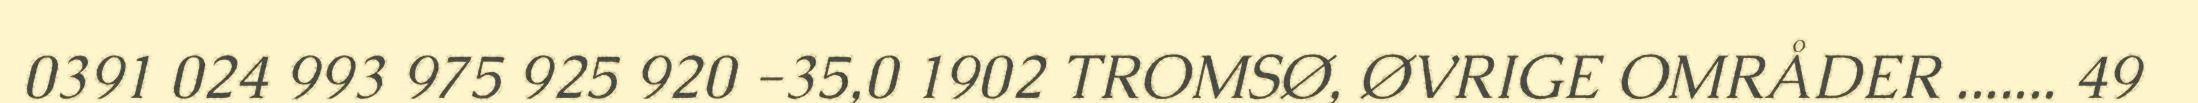
0391 024 993 975 925 920 -35,0 1902 TROMSØ, ØVRIGE OMRÅDER ....... 49